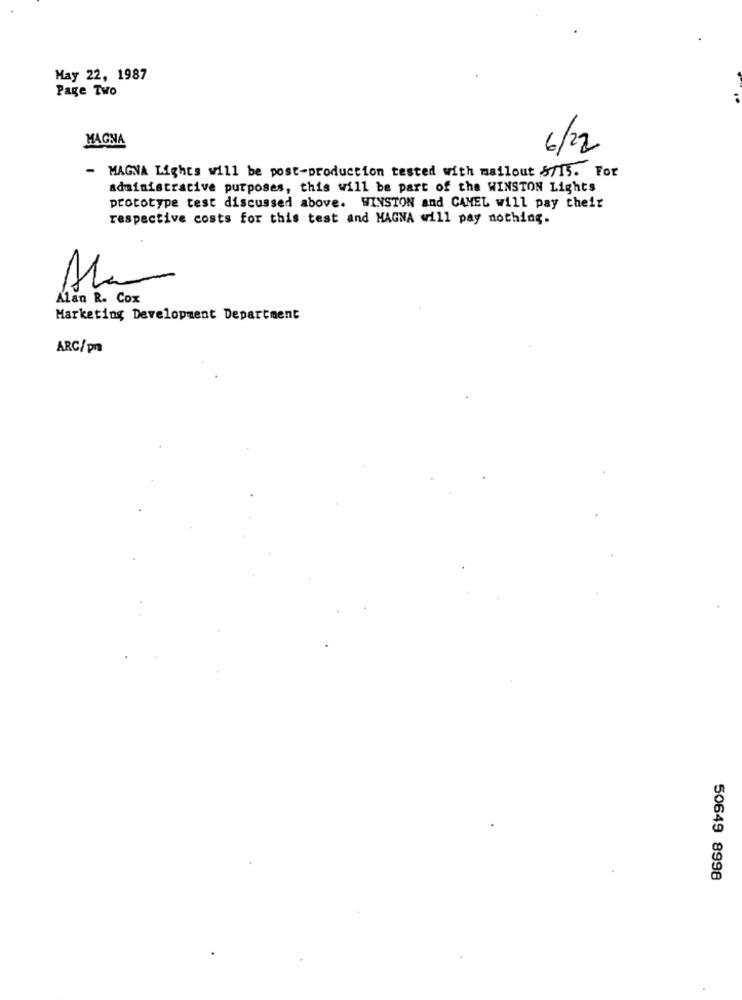
May 22, 1987
Page Two
MAGNA
6/22
- MAGNA Lights will be post-production tested with mailout 8715. For
administrative purposes, this will be part of the WINSTON Lights
prototype test discussed above. WINSTON and CAMEL will pay their
respective costs for this test and MAGNA will pay nothing.
Alan R. Cox
Marketing Development Department
ARC/pr
50649 8998